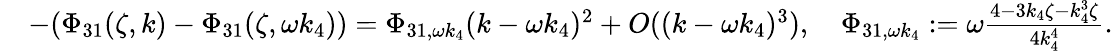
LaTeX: \begin{array}{rl}&{-(\Phi_{31}(\zeta,k)-\Phi_{31}(\zeta,\omega k_{4}))=\Phi_{31,\omega k_{4}}(k-\omega k_{4})^{2}+O((k-\omega k_{4})^{3}),\quad\Phi_{31,\omega k_{4}}:=\omega\frac{4-3k_{4}\zeta-k_{4}^{3}\zeta}{4k_{4}^{4}}.}\end{array}